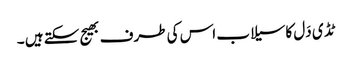
ٹڈ ی دَل کاسیلاب اس کی طرف بھیج سکتے ہیں ۔